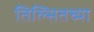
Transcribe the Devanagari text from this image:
तिल्सितच्या